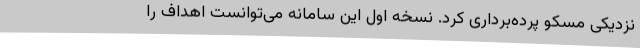
نزدیکی مسکو پرده‌برداری کرد. نسخه اول این سامانه می‌توانست اهداف را